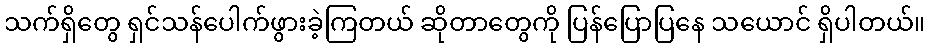
သက်ရှိတွေ ရှင်သန်ပေါက်ဖွားခဲ့ကြတယ် ဆိုတာတွေကို ပြန်ပြောပြနေ သယောင် ရှိပါတယ်။